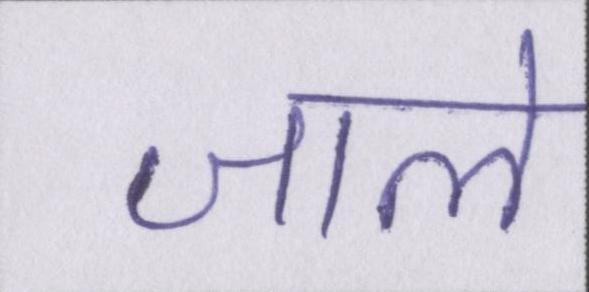
जाले